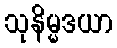
သုနိမ္မဒယာ